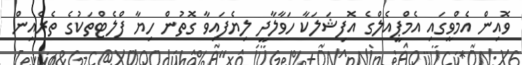
ވޮއިން އެމްވީގައި އެމްޕީއެލްގެ އޮފިޝަލަކާ ހަވާލާދީ ލިޔެފައިވާ ގޮތުން ހިޔާ ފްލެޓްތަކުގެ ތެރެއިން